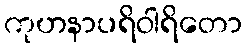
ကုဟနာပရိဝါရိတော